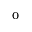
_ 0